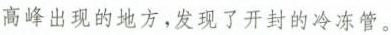
高峰出现的地方，发现了开封的冷冻管。